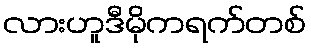
လားဟူဒီမိုကရက်တစ်